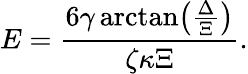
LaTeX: E=\frac{6\gamma\arctan\! \left(\frac{\Delta}{\Xi}\right)}{\zeta\kappa\Xi}.